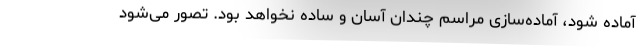
آماده شود، آماده‌سازی مراسم چندان آسان و ساده نخواهد بود. تصور می‌شود